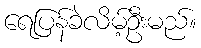
ရေပြန်ခဲလိမ့်ဦးမည်။